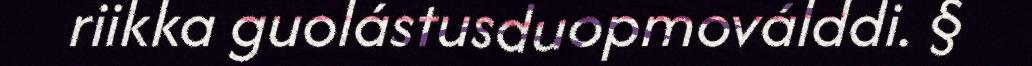
riikka guolástusduopmoválddi. §